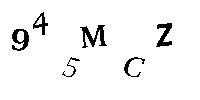
945MCZ